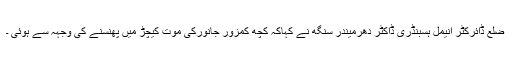
ضلع ڈائرکٹر انیمل ہسبنڈری ڈاکٹر دھرمیندر سنگھ نے کہاکہ کچھ کمزور جانورکی موت کیچڑ میں پھنسنے کی وجہہ سے ہوئی ۔